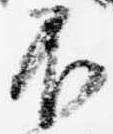
不